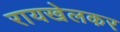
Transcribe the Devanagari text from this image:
रायखेलकर